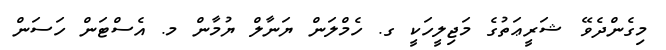
މިގެންދެވޭ ޝަރީޢަތުގެ މަޖިލީހަކީ ގ. ހެމްލަން ޔަނާލް ޔުމާން މ. އެސްޓަން ހަސަން